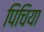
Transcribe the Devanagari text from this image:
पिचिया